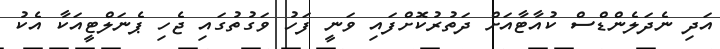
އަދި ނެދަލެންޑްސް ކުއާޓާއަށް ދަތުރުކޮށްފައި ވަނީ ފަހު ވަގުތުގައި ޖެހި ޕެނަލްޓީއަކާ އެކު